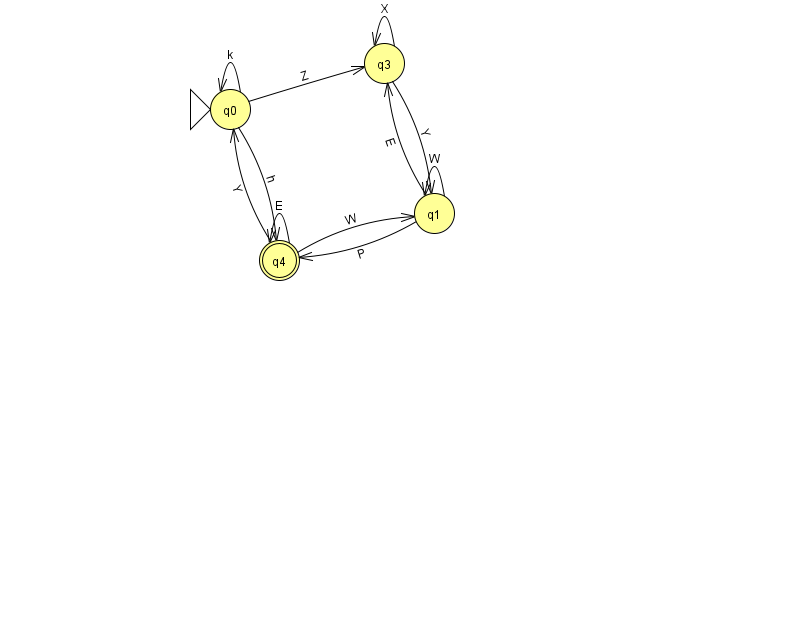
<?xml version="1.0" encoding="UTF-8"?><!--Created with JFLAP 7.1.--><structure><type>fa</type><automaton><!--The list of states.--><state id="0" name="q0"><x>230.0</x><y>96.0</y><initial/></state><state id="1" name="q1"><x>434.0</x><y>200.0</y></state><state id="3" name="q3"><x>384.0</x><y>50.0</y></state><state id="4" name="q4"><x>279.0</x><y>247.0</y><final/></state><!--The list of transitions.--><transition><from>1</from><to>3</to><read>E</read></transition><transition><from>4</from><to>4</to><read>E</read></transition><transition><from>0</from><to>3</to><read>Z</read></transition><transition><from>1</from><to>1</to><read>W</read></transition><transition><from>3</from><to>3</to><read>X</read></transition><transition><from>4</from><to>1</to><read>W</read></transition><transition><from>0</from><to>0</to><read>k</read></transition><transition><from>3</from><to>1</to><read>Y</read></transition><transition><from>1</from><to>4</to><read>P</read></transition><transition><from>4</from><to>0</to><read>Y</read></transition><transition><from>0</from><to>4</to><read>h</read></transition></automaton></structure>